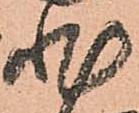
非